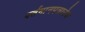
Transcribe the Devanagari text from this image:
वर्तमानपत्रानेच